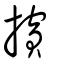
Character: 擯